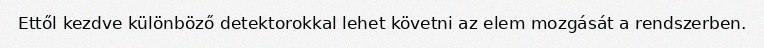
Ettől kezdve különböző detektorokkal lehet követni az elem mozgását a rendszerben.